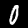
Digit: 0